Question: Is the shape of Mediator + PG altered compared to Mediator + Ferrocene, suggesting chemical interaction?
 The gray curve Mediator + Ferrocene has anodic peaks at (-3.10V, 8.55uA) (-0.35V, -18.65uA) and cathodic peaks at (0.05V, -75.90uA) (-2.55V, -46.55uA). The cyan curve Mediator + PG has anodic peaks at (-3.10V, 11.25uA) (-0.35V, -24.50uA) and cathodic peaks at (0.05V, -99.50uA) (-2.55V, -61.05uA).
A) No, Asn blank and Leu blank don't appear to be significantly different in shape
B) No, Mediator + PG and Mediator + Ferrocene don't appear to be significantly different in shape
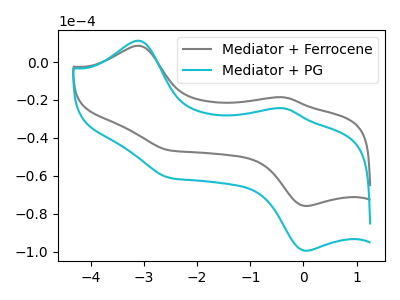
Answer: <think>All the peaks in "Mediator + PG" have a peak in "Mediator + Ferrocene" at the same potential.
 </think>
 <answer>B) No, "Mediator + PG" and "Mediator + Ferrocene" don't appear to be significantly different in shape</answer>
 <eval>B</eval>